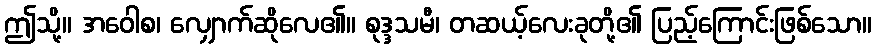
ဤသို့။ အဝေါစ၊ လျှောက်ဆိုလေ၏။ စုဒ္ဒသမီ၊ တဆယ့်လေးခုတို့၏ ပြည့်ကြောင်းဖြစ်သော။